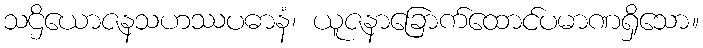
သဌိယောဇနသဟဿပဓာနံ၊ ယူဇနာခြောက်ထောင်ပမာဏရှိသော။